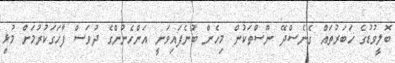
ބޮލީވުޑުގެ ޚަބަރުތައް ގެނެސްދޭ ނޫސްތަކުން މިހެން ބުނެފައިވަނީ އަންހެނުންގެ ދުވަސް ފާހަގަކުރުމަށް މުޅި